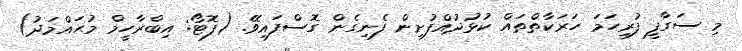
މި ސަގާފީ ފުރިހަމަ ހަރަކާތްތައް ކުޅުދުއްފުށިން ފެނިގެން ގޮސްފައިވޭ. (ފޮޓޯ: އިބްރާހީމް މުޙައްމަދު)